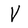
Character: V